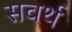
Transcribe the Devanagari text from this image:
सवर्थ